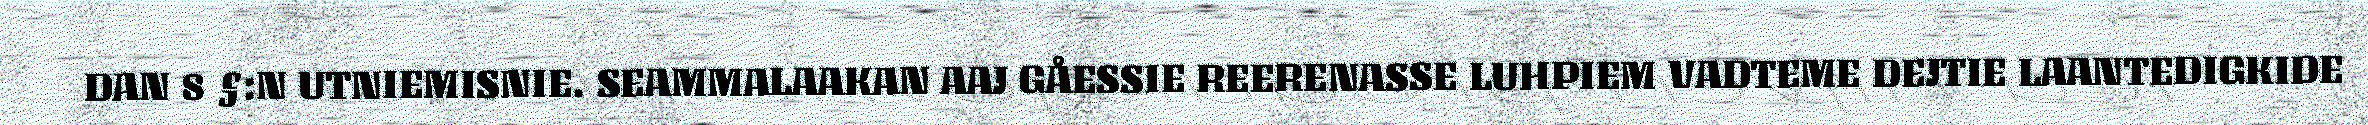
DAN 8 §:N UTNIEMISNIE. SEAMMALAAKAN AAJ GÅESSIE REERENASSE LUHPIEM VADTEME DEJTIE LAANTEDIGKIDE